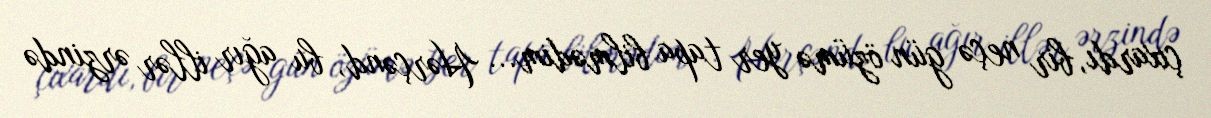
çıxardı, bir neçə gün özümə yer tapa bilmədim... Hərçənd, bu ağır illər ərzində